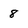
Character: 8